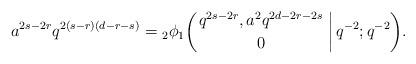
LaTeX: \begin{align*} a^{2s-2r}q^{2(s-r)(d-r-s)} = {}_2\phi_1 \biggl( \genfrac{}{}{0pt}{} {q^{2s-2r}, a^2 q^{2d-2r-2s}} {0 } \,\bigg\vert \, q^{-2}; q^{-2} \biggr).\end{align*}